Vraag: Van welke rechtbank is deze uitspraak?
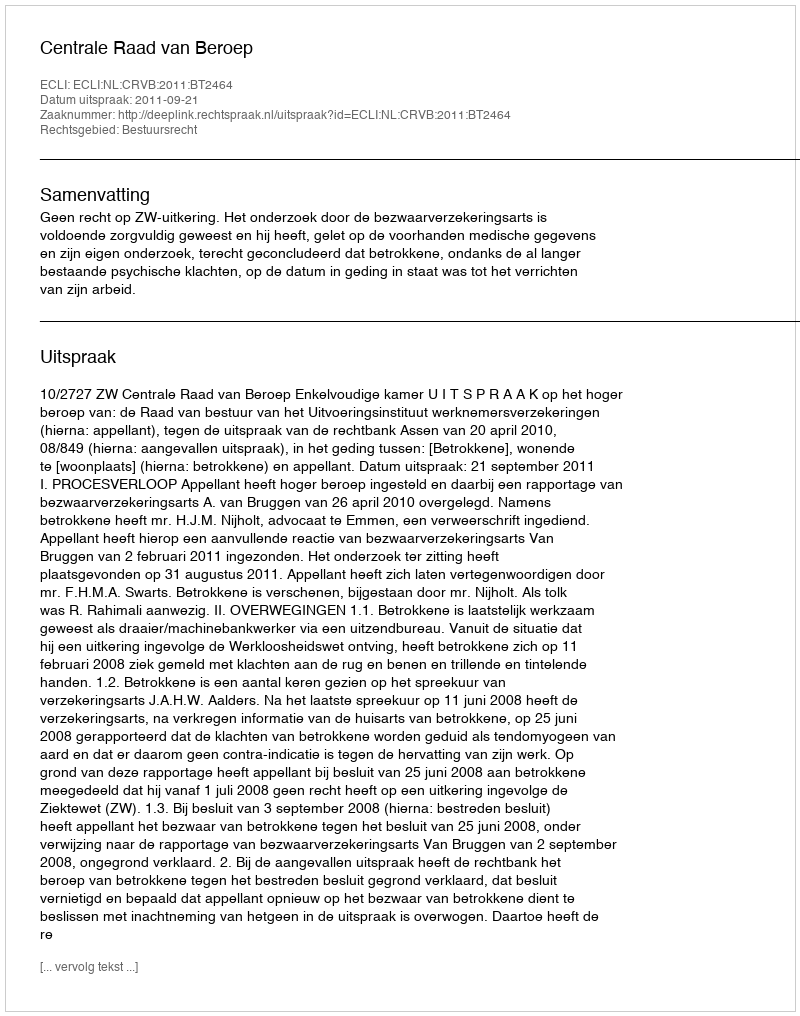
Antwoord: Centrale Raad van Beroep